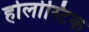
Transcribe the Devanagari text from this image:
होलोस्टिक